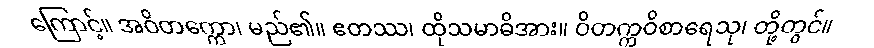
ကြောင့်။ အဝိတက္ကော၊ မည်၏။ ဧတဿ၊ ထိုသမာဓိအား။ ဝိတက္ကဝိစာရေသု၊ တို့တွင်။